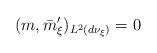
LaTeX: \begin{align*}(m,\bar{m}_{\xi}')_{L^2(d\nu_{\xi})}=0\end{align*}